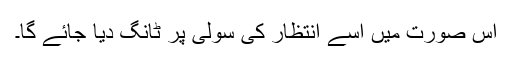
اس صورت میں اسے انتظار کی سولی پر ٹانگ دیا جائے گا۔